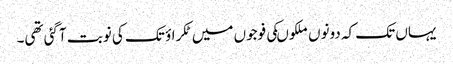
یہاں تک کہ دونوں ملکوںکی فوجوں میں ٹکراؤ تک کی نوبت آگئی تھی۔